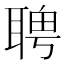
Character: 𦖛